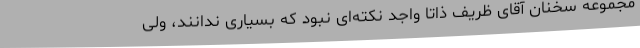
مجموعه سخنان آقای ظریف ذاتا واجد نکته‌ای نبود که بسیاری ندانند، ولی